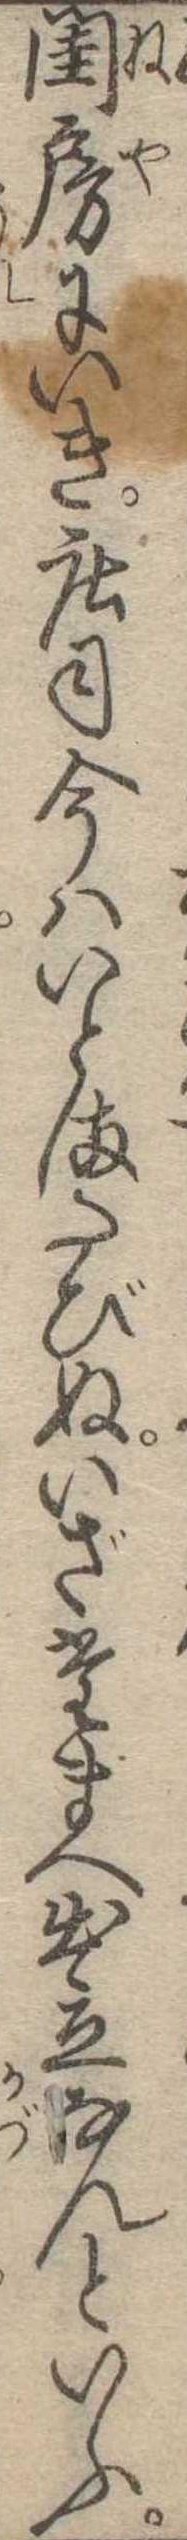
閨房にいき荘司今はいとまたびぬいざたまへ出立なんといふ